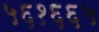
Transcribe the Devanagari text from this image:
५६१६६५